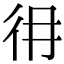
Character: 𢓏